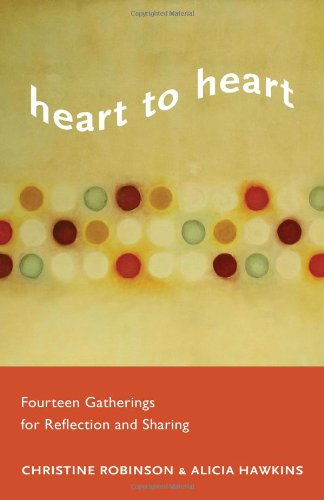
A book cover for Heart to Heart: Fourteen Gatherings for Reflection and Sharing; Christine Robinson; Religion & Spirituality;